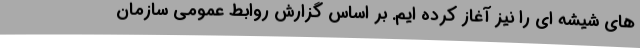
های شیشه ای را نیز آغاز کرده ایم. بر اساس گزارش روابط عمومی سازمان